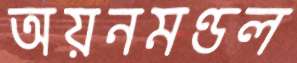
অয়নমণ্ডল